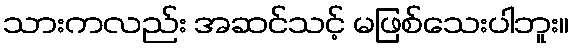
သားကလည်း အဆင်သင့် မဖြစ်သေးပါဘူး။